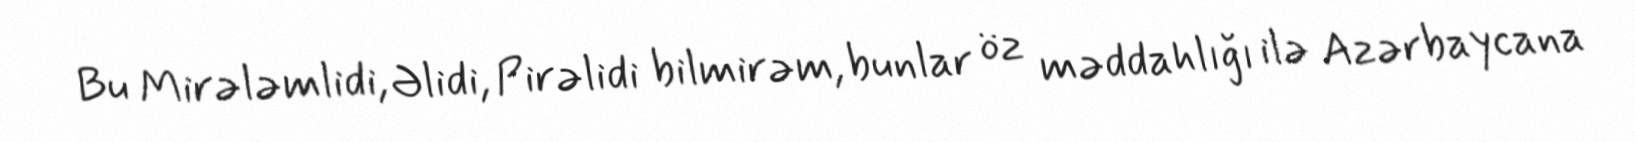
Bu Mirələmlidi, Əlidi, Pirəlidi bilmirəm, bunlar öz məddahlığı ilə Azərbaycana